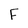
Character: F